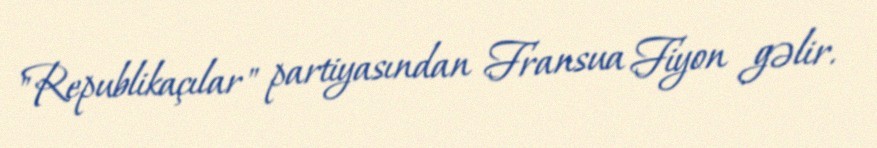
"Republikaçılar" partiyasından Fransua Fiyon gəlir.